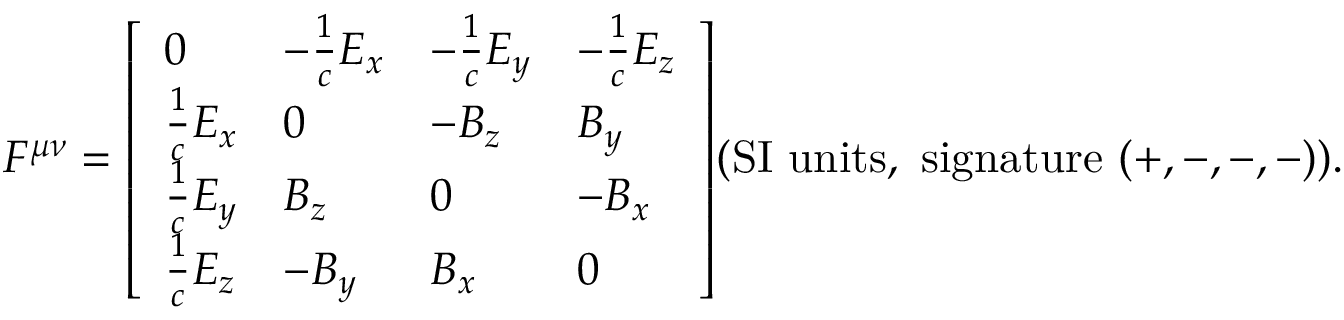
F ^ { \mu \nu } = { \left[ \begin{array} { l l l l } { 0 } & { - { \frac { 1 } { c } } E _ { x } } & { - { \frac { 1 } { c } } E _ { y } } & { - { \frac { 1 } { c } } E _ { z } } \\ { { \frac { 1 } { c } } E _ { x } } & { 0 } & { - B _ { z } } & { B _ { y } } \\ { { \frac { 1 } { c } } E _ { y } } & { B _ { z } } & { 0 } & { - B _ { x } } \\ { { \frac { 1 } { c } } E _ { z } } & { - B _ { y } } & { B _ { x } } & { 0 } \end{array} \right] } { \mathrm { ( S I ~ u n i t s , ~ s i g n a t u r e ~ } } ( + , - , - , - ) { \mathrm { ) } } .